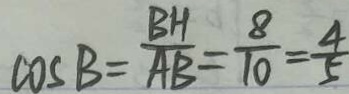
\cos B = \frac { B H } { A B } = \frac { 8 } { 1 0 } = \frac { 4 } { 5 }